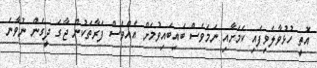
އޮތީ ހުޅުވާލެވިފައި ކަމަށާއި ނަމަވެސް ބައިބައިވުމަށް އެއްވެސް ފަރާތަކުން ޖާގަ ދީގެން ނުވާނެ